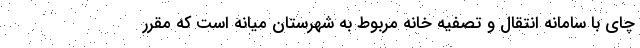
چای با سامانه انتقال و تصفیه خانه مربوط به شهرستان میانه است که مقرر